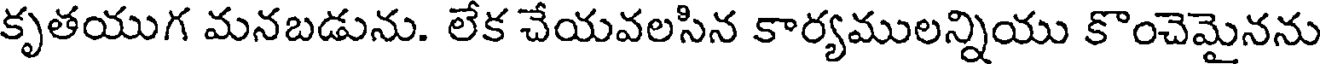
కృతయుగ మనబడును. లేక చేయవలసిన కార్యములన్నియు కొంచెమైనను